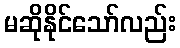
မဆိုနိုင်သော်လည်း